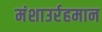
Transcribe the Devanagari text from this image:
मंशाउर्रहमान